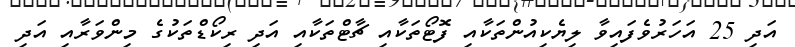
އަދި 25 އަހަރުވެފައިވާ ލިޔެކިއުންތަކާއި ފޮޓޯތަކާއި ޗާޓްތަކާއި އަދި ރިކޯޑްތަކުގެ މިންވަރާއި އަދި